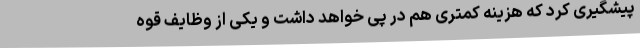
پیشگیری کرد که هزینه کمتری هم در پی خواهد داشت و یکی از وظایف قوه